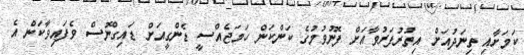
ކަމަށާއި ތިނަދުއަށް އިތުރުފަރުވާއަށް ފޮނުވުމުގެ ކަންކަން ހަމަޖެއްސީ ޑެންގީއަށް ޑައިގްނޮސް ވެފައިވާކަން އެ